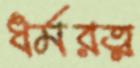
ধর্মরত্ন